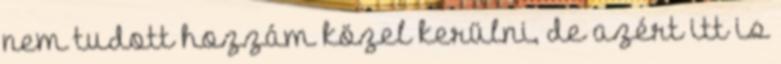
nem tudott hozzám közel kerülni, de azért itt is